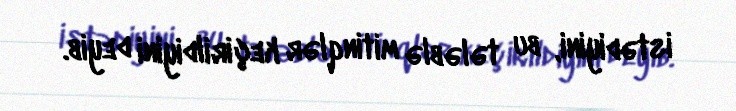
istədiyini, bu tələblə mitinqlər keçirildiyini deyib.